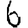
Digit: 6